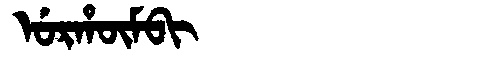
Manchu: ᡠᡵᡥᡡᠮᠪᡳ
Romanization: URHŪMBI